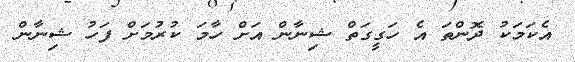
އެކަމަކު ދޮންތަ އެ ހަގީގަތް ޝިނާން އަށް ހާމަ ކުރުމަށް ފަހު ޝިނާން